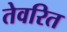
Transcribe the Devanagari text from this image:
तेवरित